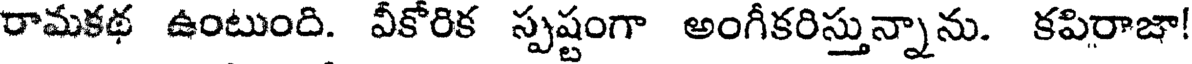
రామకథ ఉంటుంది. వీకోరిక స్పష్టంగా అంగీకరిస్తున్నాను. కపిరాజా!